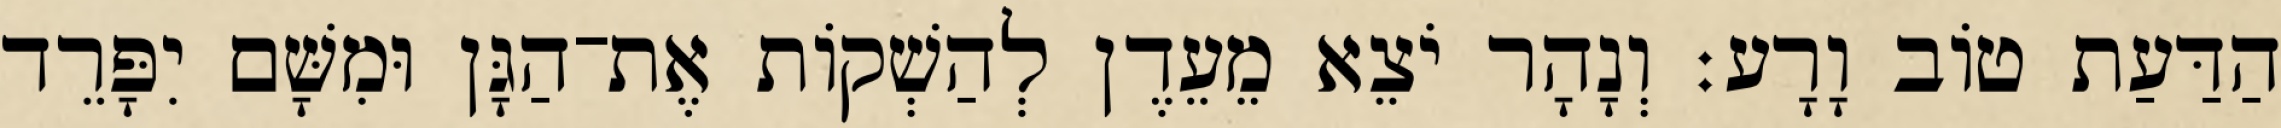
הַדַּעַת טֹוב וָרָע׃ וְנָהָר יֹצֵא מֵעֵדֶן לְהַשְׁקֹות אֶת־הַגָּן וּמִשָּׁם יִפָּרֵד